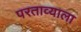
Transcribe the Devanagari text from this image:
परताव्याला